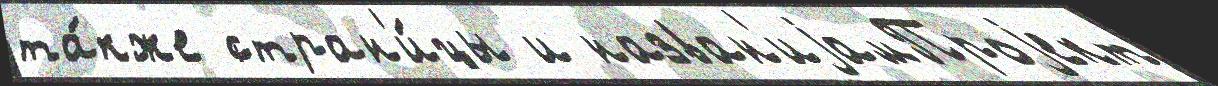
та́кже стран'и́цы и назван'иjамПроjект